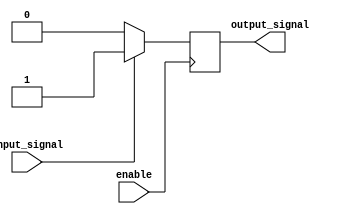
module push_pull_buffer(
  input wire enable,
  input wire input_signal,
  output reg output_signal
);

  always @(posedge enable) begin
    if(input_signal == 1'b1) begin
      output_signal <= 1'b1;
    end
    else begin
      output_signal <= 1'b0;
    end
  end

endmodule